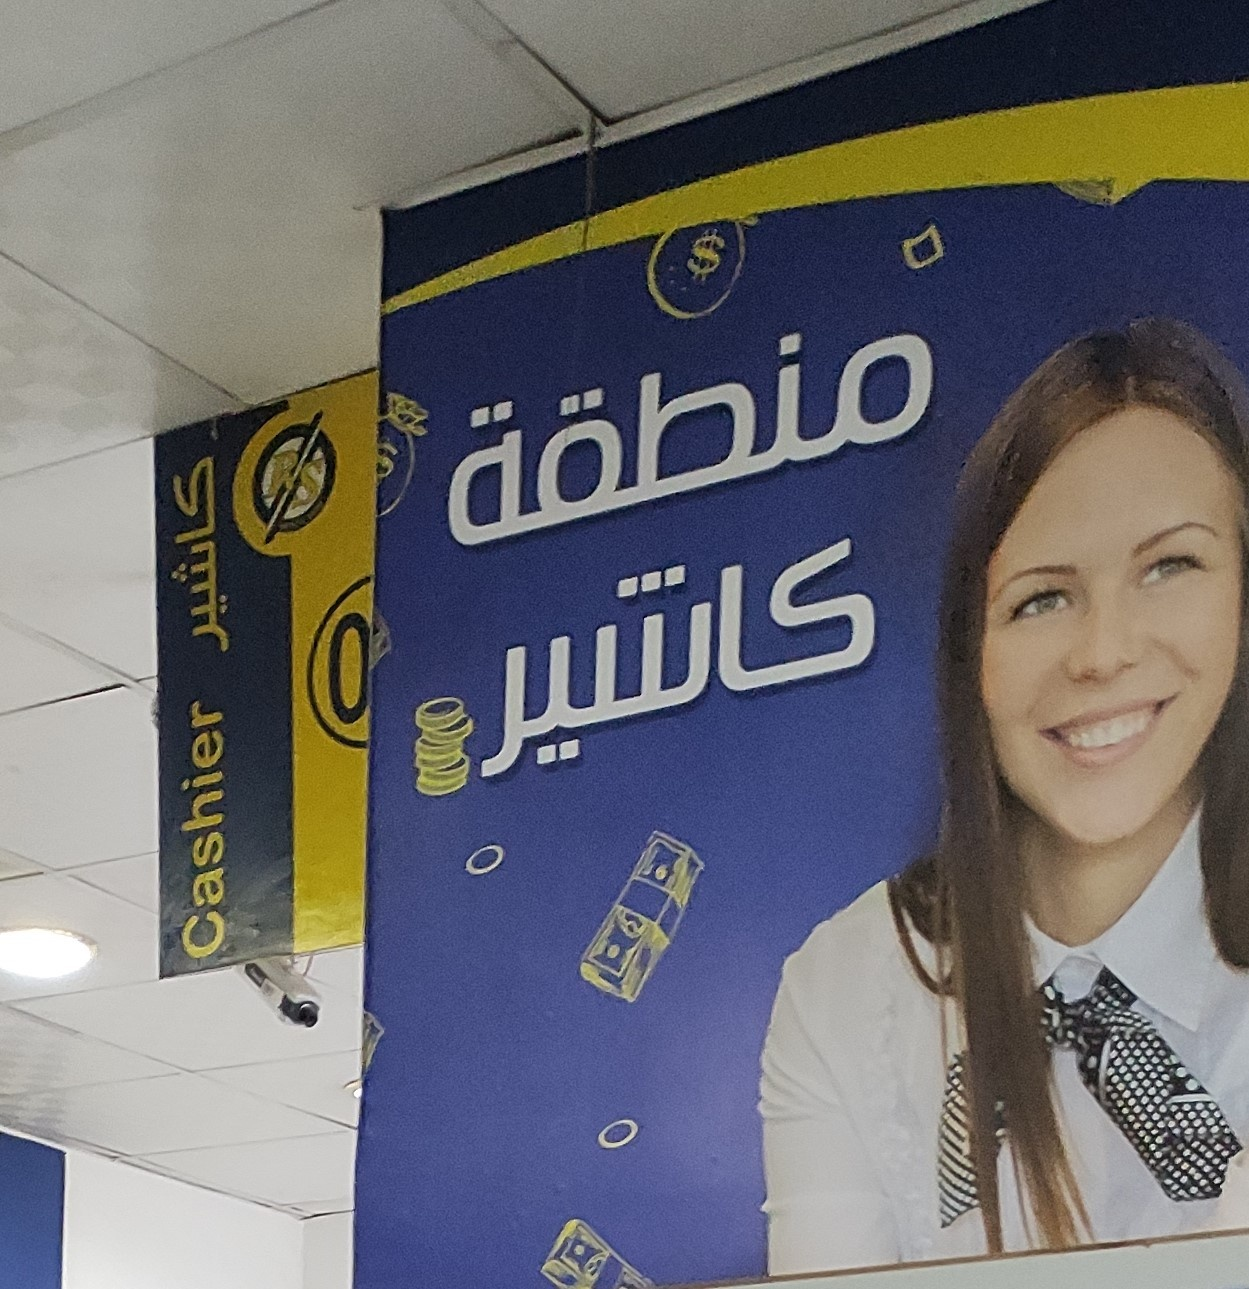
Text in image: منطقة كاشير كاشير Cashier